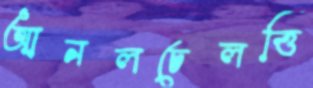
আনলচেলত্তি